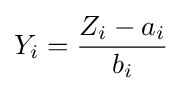
Y_{i}={\frac {Z_{i}-a_{i}}{b_{i}}}